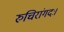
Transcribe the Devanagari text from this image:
रुचिरांगदः।